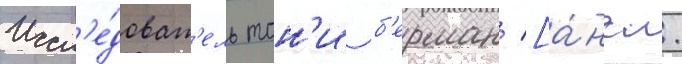
Иссл'е́доват'ель тон'и б'ерман [а́нгл.